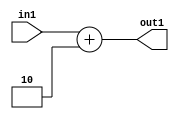
`timescale 1ps / 1ps
/*****************************************************************************
    Verilog RTL Description
    
    
    Created by: Stratus DpOpt 2019.1.01 
*******************************************************************************/

module DC_Filter_Add_4U_100_4 (
	in1,
	out1
	); /* architecture "behavioural" */ 
input [3:0] in1;
output [3:0] out1;
wire [3:0] asc001;

assign asc001 = 
	+(in1)
	+(4'B0010);

assign out1 = asc001;
endmodule

/* CADENCE  urf2SQ4= : u9/ySgnWtBlWxVPRXgAZ4Og= ** DO NOT EDIT THIS LINE ******/